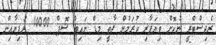
ރެޖިސްޓްރީ ނުކޮށް ވިޔަފާރި ކުރަމުން ދާތީ މިޑް ނައިޓް ޝޮޕް 10000 ރުފިޔާއިން